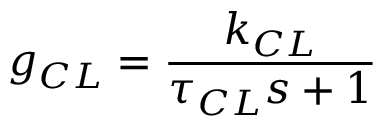
g _ { C L } = { \frac { k _ { C L } } { \tau _ { C L } s + 1 } }